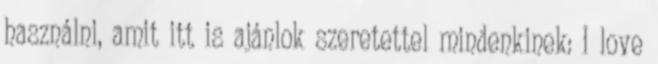
használni, amit itt is ajánlok szeretettel mindenkinek: I love